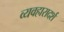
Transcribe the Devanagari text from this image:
व्‍यवहारादर्श